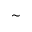
\sim